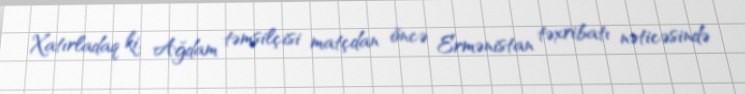
Xatırladaq ki, Ağdam təmsilçisi matçdan öncə Ermənistan təxribatı nəticəsində